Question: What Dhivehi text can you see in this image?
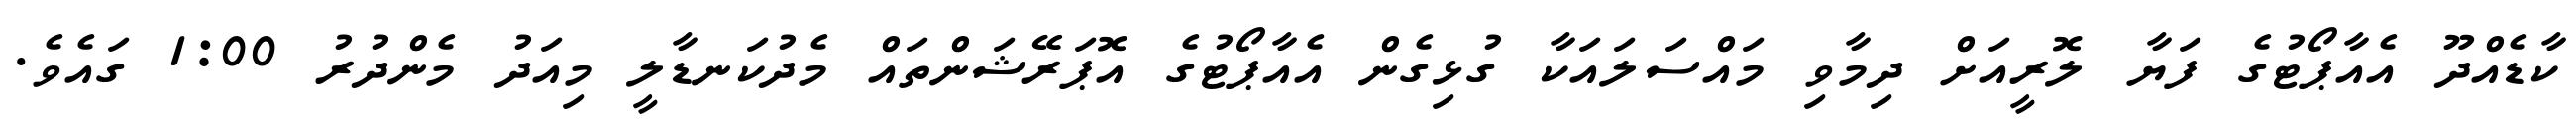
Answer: ކާޑެއްދޫ އެއާޕޯޓުގެ ފަޔާ ލޮރީއަށް ދިމާވި މައްސަލައަކާ ގުޅިގެން އެއާޕޯޓުގެ އޮޕަރޭޝަންތައް މެދުކަނޑާލީ މިއަދު މެންދުރު 1:00 ގައެވެ.